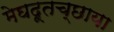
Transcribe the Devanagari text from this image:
मेघदूतच्छाया